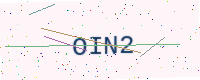
Text: OIN2